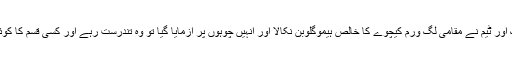
2006 میں سائنسدانوں کی ایک اور ٹیم نے مقامی لُگ ورم کیچوے کا خالص ہیموگلوبن نکالا اور انہیں چوہوں پر آزمایا گیا تو وہ تندرست رہے اور کسی قسم کا کوئی امنیاتی ردِعمل ظاہرنہیں کیا۔